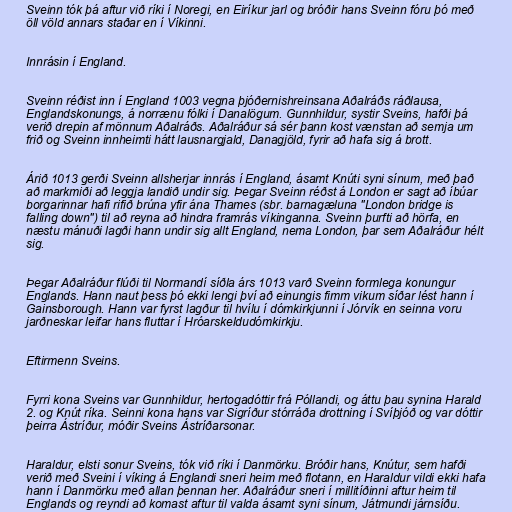
Sveinn tók þá aftur við ríki í Noregi, en Eiríkur jarl og bróðir hans Sveinn fóru þó með
öll völd annars staðar en í Víkinni.

Innrásin í England.

Sveinn réðist inn í England 1003 vegna þjóðernishreinsana Aðalráðs ráðlausa,
Englandskonungs, á norrænu fólki í Danalögum. Gunnhildur, systir Sveins, hafði þá
verið drepin af mönnum Aðalráðs. Aðalráður sá sér þann kost vænstan að semja um
frið og Sveinn innheimti hátt lausnargjald, Danagjöld, fyrir að hafa sig á brott.

Árið 1013 gerði Sveinn allsherjar innrás í England, ásamt Knúti syni sínum, með það
að markmiði að leggja landið undir sig. Þegar Sveinn réðst á London er sagt að íbúar
borgarinnar hafi rifið brúna yfir ána Thames (sbr. barnagæluna "London bridge is
falling down") til að reyna að hindra framrás víkinganna. Sveinn þurfti að hörfa, en
næstu mánuði lagði hann undir sig allt England, nema London, þar sem Aðalráður hélt
sig.

Þegar Aðalráður flúði til Normandí síðla árs 1013 varð Sveinn formlega konungur
Englands. Hann naut þess þó ekki lengi því að einungis fimm vikum síðar lést hann í
Gainsborough. Hann var fyrst lagður til hvílu í dómkirkjunni í Jórvík en seinna voru
jarðneskar leifar hans fluttar í Hróarskeldudómkirkju.

Eftirmenn Sveins.

Fyrri kona Sveins var Gunnhildur, hertogadóttir frá Póllandi, og áttu þau synina Harald
2. og Knút ríka. Seinni kona hans var Sigríður stórráða drottning í Svíþjóð og var dóttir
þeirra Ástríður, móðir Sveins Ástríðarsonar.

Haraldur, elsti sonur Sveins, tók við ríki í Danmörku. Bróðir hans, Knútur, sem hafði
verið með Sveini í víking á Englandi sneri heim með flotann, en Haraldur vildi ekki hafa
hann í Danmörku með allan þennan her. Aðalráður sneri í millitíðinni aftur heim til
Englands og reyndi að komast aftur til valda ásamt syni sínum, Játmundi járnsíðu.